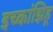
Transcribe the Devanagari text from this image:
इच्कांझिहू